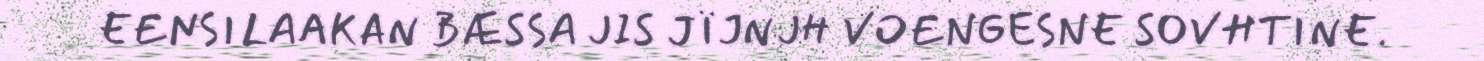
EENSILAAKAN BÆSSA JIS JÏJNJH VOENGESNE SOVHTINE.